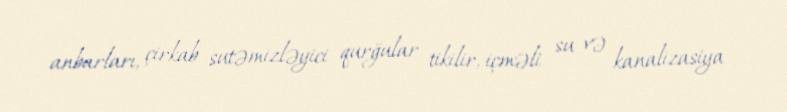
anbarları, çirkab sutəmizləyici qurğular tikilir, içməli su və kanalizasiya